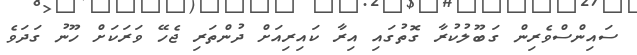
ސައިންސްވެރިން ގަބޫލުކުރާ ގޮތުގައި އިރާ ކައިރިއަށް ދުންތަރި ޖެހޭ ވަަރަކަށް ހޫނު ގަދަވެ